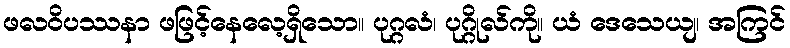
ဖလဝိပဿနာ ဖဖြင့်နေလေ့ရှိသော။ ပုဂ္ဂလံ၊ ပုဂ္ဂိုလ်ကို။ ယံ ဒေသေယျ၊ အကြင်